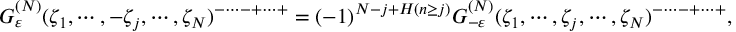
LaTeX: G _ { \varepsilon } ^ { ( N ) } ( \zeta _ { 1 } , \cdots , - \zeta _ { j } , \cdots , \zeta _ { N } ) ^ { - \cdots - + \cdots + } = ( - 1 ) ^ { N - j + H ( n \ge j ) } G _ { - \varepsilon } ^ { ( N ) } ( \zeta _ { 1 } , \cdots , \zeta _ { j } , \cdots , \zeta _ { N } ) ^ { - \cdots - + \cdots + } ,